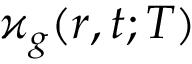
\varkappa _ { g } ( \boldsymbol { r } , t ; T )